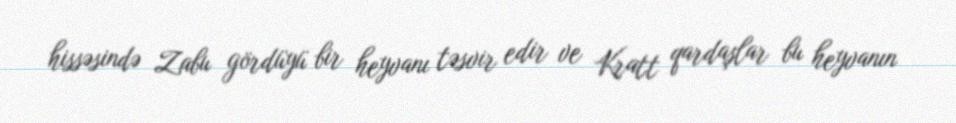
hissəsində Zabu gördüyü bir heyvanı təsvir edir ve Kratt qardaşlar bu heyvanın